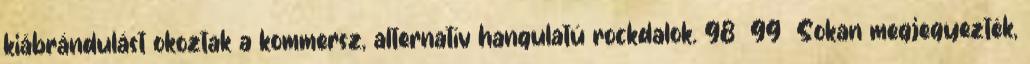
kiábrándulást okoztak a kommersz, alternatív hangulatú rockdalok. 98 99 Sokan megjegyezték,